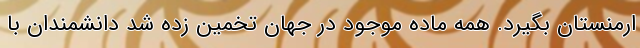
ارمنستان بگیرد. همه ماده موجود در جهان تخمین زده شد دانشمندان با